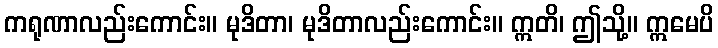
ကရုဏာလည်းကောင်း။ မုဒိတာ၊ မုဒိတာလည်းကောင်း။ ဣတိ၊ ဤသို့။ ဣမေပိ